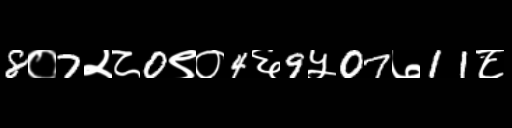
Text: 8०7२८0९०4६9५07७11८